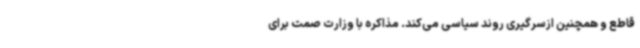
قاطع و همچنین ازسرگیری روند سیاسی می‌کند. مذاکره با وزارت صمت برای